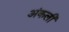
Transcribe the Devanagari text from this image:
अंकली